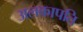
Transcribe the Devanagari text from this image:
अलकापति